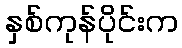
နှစ်ကုန်ပိုင်းက